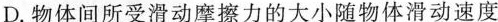
D. 物体间所受滑动摩擦力的大小随物体滑动速度